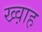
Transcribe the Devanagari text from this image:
ख्व़ाह